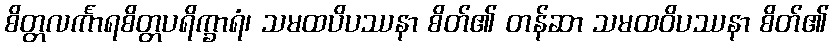
စိတ္တလင်္ကာရစိတ္တပရိက္ခာရံ၊ သမထပိပဿနာ စိတ်၏ တန်ဆာ သမထဝိပဿနာ စိတ်၏